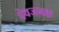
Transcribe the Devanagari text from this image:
देवजनक